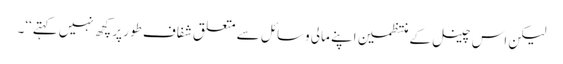
لیکن اس چینل کے منتظمین اپنے مالی وسائل سے متعلق شفاف طور پر کچھ نہیں کہتے‘‘۔